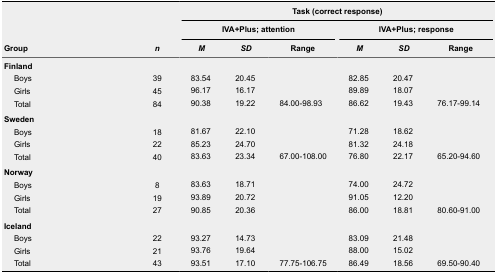
<table><thead><tr><td rowspan="3"><b>Group</b></td><td rowspan="3"><b><i>n</i></b></td><td colspan="6"><b>Task (correct response)</b></td></tr><tr><td colspan="3"><b>IVA+Plus; attention</b></td><td colspan="3"><b>IVA+Plus; response</b></td></tr><tr><td><b><i>M</i></b></td><td><b><i>SD</i></b></td><td><b>Range</b></td><td><b><i>M</i></b></td><td><b><i>SD</i></b></td><td><b>Range</b></td></tr></thead><tbody><tr><td colspan="8"><b>Finland</b></td></tr><tr><td>Boys</td><td>39</td><td>83.54</td><td>20.45</td><td></td><td>82.85</td><td>20.47</td><td></td></tr><tr><td>Girls</td><td>45</td><td>96.17</td><td>16.17</td><td></td><td>89.89</td><td>18.07</td><td></td></tr><tr><td>Total</td><td>84</td><td>90.38</td><td>19.22</td><td>84.00-98.93</td><td>86.62</td><td>19.43</td><td>76.17-99.14</td></tr><tr><td colspan="8"><b>Sweden</b></td></tr><tr><td>Boys</td><td>18</td><td>81.67</td><td>22.10</td><td></td><td>71.28</td><td>18.62</td><td></td></tr><tr><td>Girls</td><td>22</td><td>85.23</td><td>24.70</td><td></td><td>81.32</td><td>24.18</td><td></td></tr><tr><td>Total</td><td>40</td><td>83.63</td><td>23.34</td><td>67.00-108.00</td><td>76.80</td><td>22.17</td><td>65.20-94.60</td></tr><tr><td colspan="8"><b>Norway</b></td></tr><tr><td>Boys</td><td>8</td><td>83.63</td><td>18.71</td><td></td><td>74.00</td><td>24.72</td><td></td></tr><tr><td>Girls</td><td>19</td><td>93.89</td><td>20.72</td><td></td><td>91.05</td><td>12.20</td><td></td></tr><tr><td>Total</td><td>27</td><td>90.85</td><td>20.36</td><td></td><td>86.00</td><td>18.81</td><td>80.60-91.00</td></tr><tr><td colspan="8"><b>Iceland</b></td></tr><tr><td>Boys</td><td>22</td><td>93.27</td><td>14.73</td><td></td><td>83.09</td><td>21.48</td><td></td></tr><tr><td>Girls</td><td>21</td><td>93.76</td><td>19.64</td><td></td><td>88.00</td><td>15.02</td><td></td></tr><tr><td>Total</td><td>43</td><td>93.51</td><td>17.10</td><td>77.75-106.75</td><td>86.49</td><td>18.56</td><td>69.50-90.40</td></tr></tbody></table>